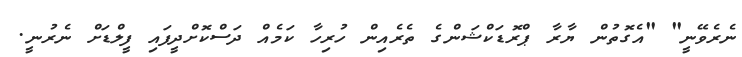
ނެރެވޭނީ" "އެގޮތުން ޔާރާ ޕްރޮޑަކްޝަންގެ ތެރެއިން ހުރިހާ ކަމެއް ދަސްކޮށްދީފައި ފީލްޑަށް ނެރުނީ.